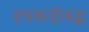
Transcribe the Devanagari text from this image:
हथकड़ीबद्ध